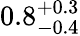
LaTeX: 0.8_{-0.4}^{+0.3}